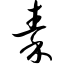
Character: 秦